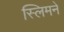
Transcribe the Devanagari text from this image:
स्लिमने